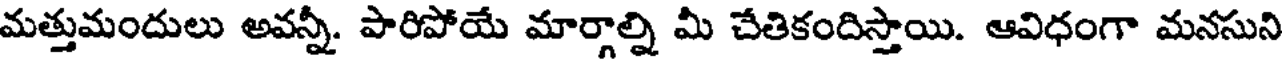
మత్తుమందులు అవన్నీ. పారిపోయే మార్గాల్ని మీ చేతికందిస్తాయి. ఆవిధంగా మనసుని